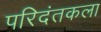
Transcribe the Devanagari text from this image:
परिदंतकला